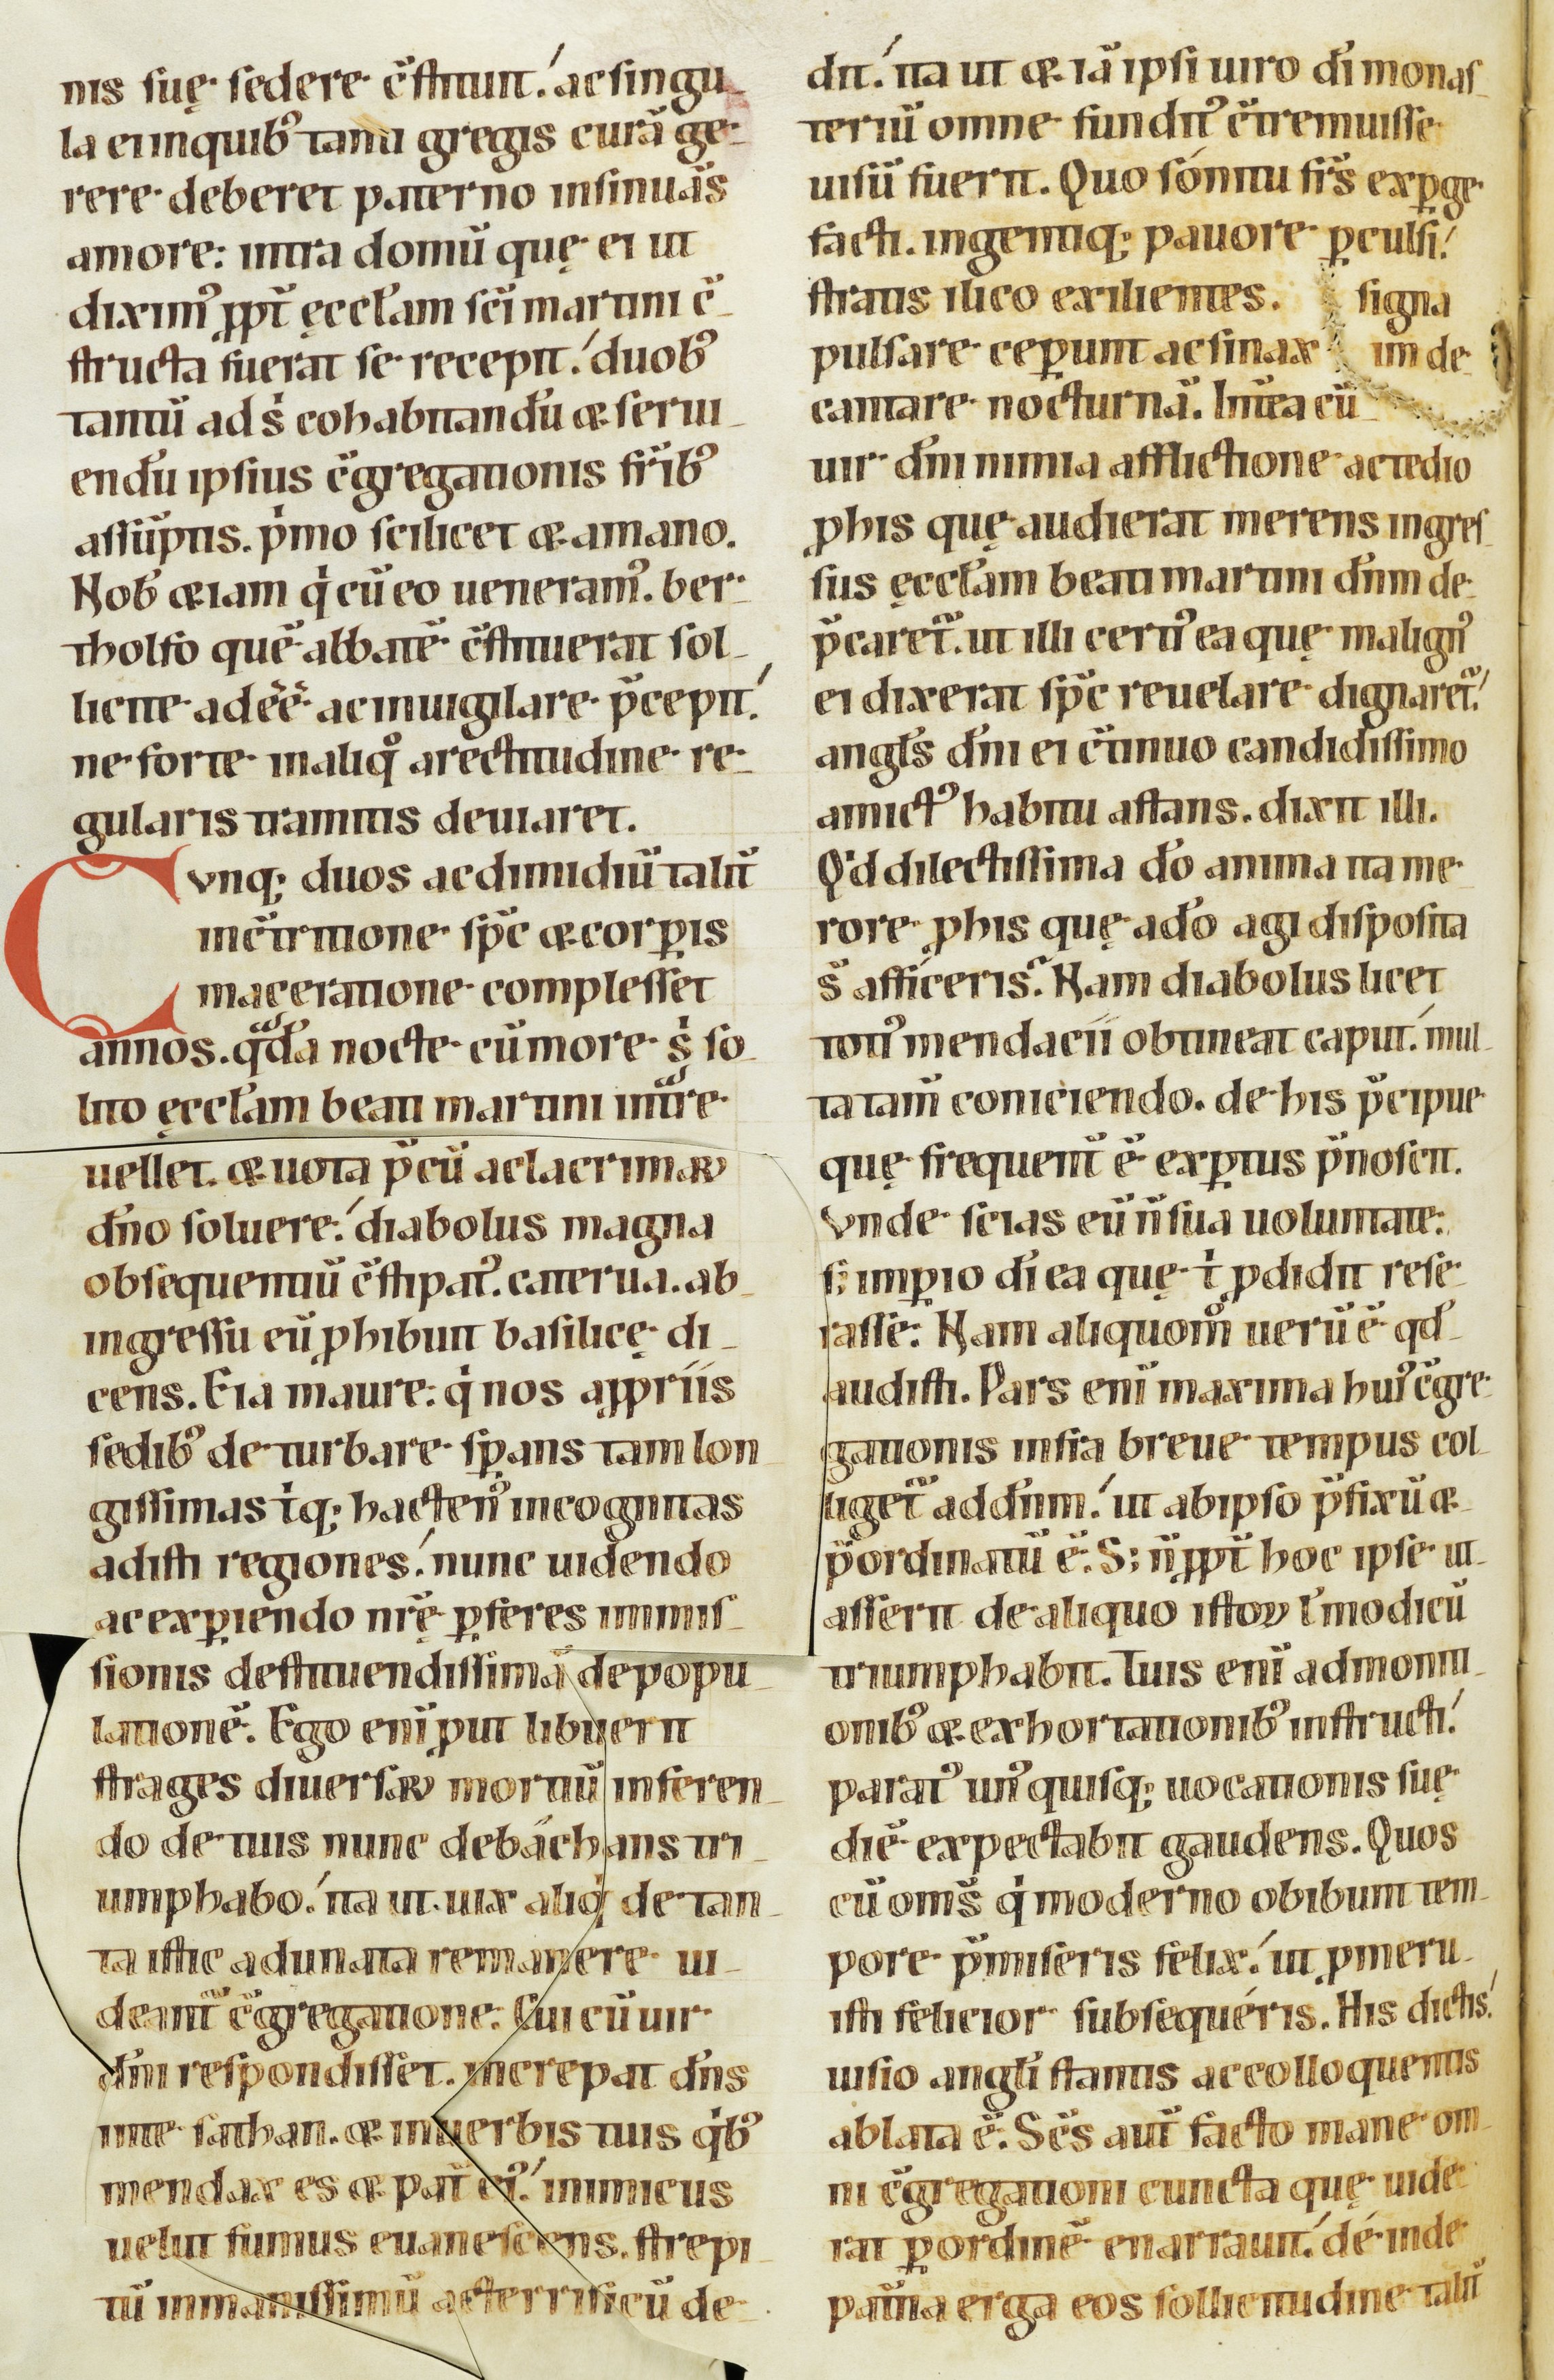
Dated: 1100–1199